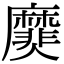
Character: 𪎫